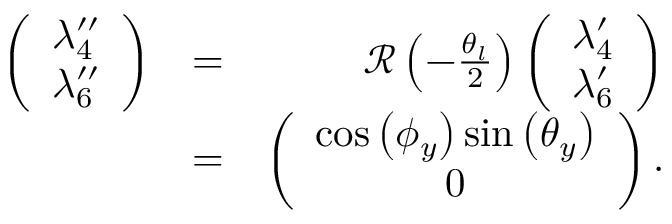
\begin{array} { r l r } { \left( \begin{array} { c } { \lambda _ { 4 } ^ { \prime \prime } } \\ { \lambda _ { 6 } ^ { \prime \prime } } \end{array} \right) } & { = } & { { \mathcal R } \left( - \frac { \theta _ { l } } { 2 } \right) \left( \begin{array} { c } { \lambda _ { 4 } ^ { \prime } } \\ { \lambda _ { 6 } ^ { \prime } } \end{array} \right) } \\ & { = } & { \left( \begin{array} { c } { \cos \left( \phi _ { y } \right) \sin \left( \theta _ { y } \right) } \\ { 0 } \end{array} \right) . } \end{array}